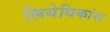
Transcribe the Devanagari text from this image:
लियेधिकांश